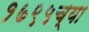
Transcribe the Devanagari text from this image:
१७९५च्या